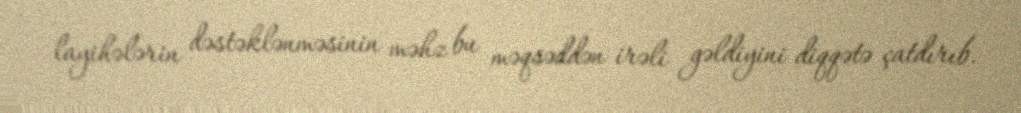
layihələrin dəstəklənməsinin məhz bu məqsəddən irəli gəldiyini diqqətə çatdırıb.